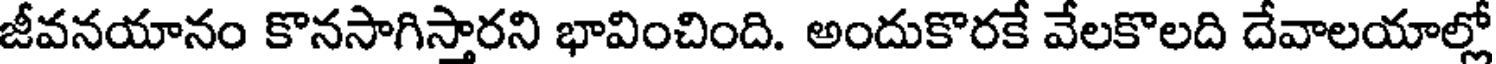
జీవనయానం కొనసాగిస్తారని భావించింది. అందుకొరకే వేలకొలది దేవాలయాల్లో